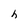
Character: h